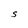
Character: S